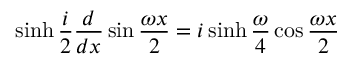
\sinh \frac { i } { 2 } \frac { d } { d x } \sin \frac { \omega x } { 2 } = i \sinh \frac { \omega } { 4 } \cos \frac { \omega x } { 2 }